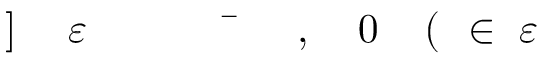
\! \! \! \! \! \! \! \! \! \! \! \varepsilon \! \! \! \! \! \! \! \! \! \! \! \! \in \! \! \! \! \! \! \! \! \! \! \! \! ( \! \! \! \! \! \! \! \! \! \! \! \! 0 \! \! \! \! \! \! \! \! \! \! \! \! , \! \! \! \! \! \! \! \! \! \! \! \! \bar { \! } \! \! \! \! \! \! \! \! \! \! \! \! \! \! \! \! \! \! \! \! \! \! \! \varepsilon \! \! \! \! \! \! \! \! \! \! \! \! ] \! \! \! \! \! \! \! \! \! \! \!